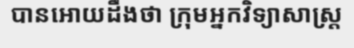
បានអោយដឹងថា ក្រុមអ្នកវិទ្យាសាស្ត្រ